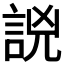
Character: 𧧗